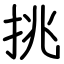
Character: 挑